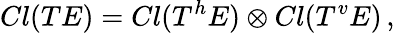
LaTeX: Cl(TE)=Cl(T^{h}E)\otimes Cl(T^{v}E)\, ,